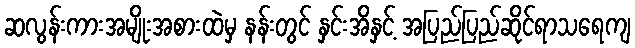
ဆလွန်းကားအမျိုးအစားထဲမှ နန်းတွင် နှင်းအိနှင့် အပြည်ပြည်ဆိုင်ရာသရေကျ